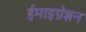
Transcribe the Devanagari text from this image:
ईमाइग्रेशन